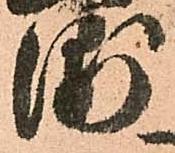
浦